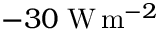
- 3 0 \; \mathrm { W } \, \mathrm { m } ^ { - 2 }